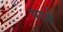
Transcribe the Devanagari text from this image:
परमे